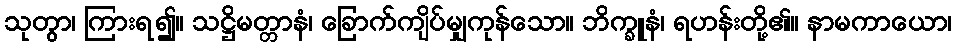
သုတွာ၊ ကြားရ၍။ သဋ္ဌိမတ္တာနံ၊ ခြောက်ကျိပ်မျှကုန်သော။ ဘိက္ခူနံ၊ ရဟန်းတို့၏။ နာမကာယော၊